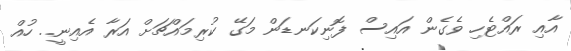
އާއި ރައްޓެހި ވެގެން އައިސް ފޮނިކަނޑަން މަގޭ ކުރިމައްޗަށް އަރާ އެއިނީ.. ހުއް